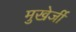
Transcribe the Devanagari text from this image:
मुखेर्जी